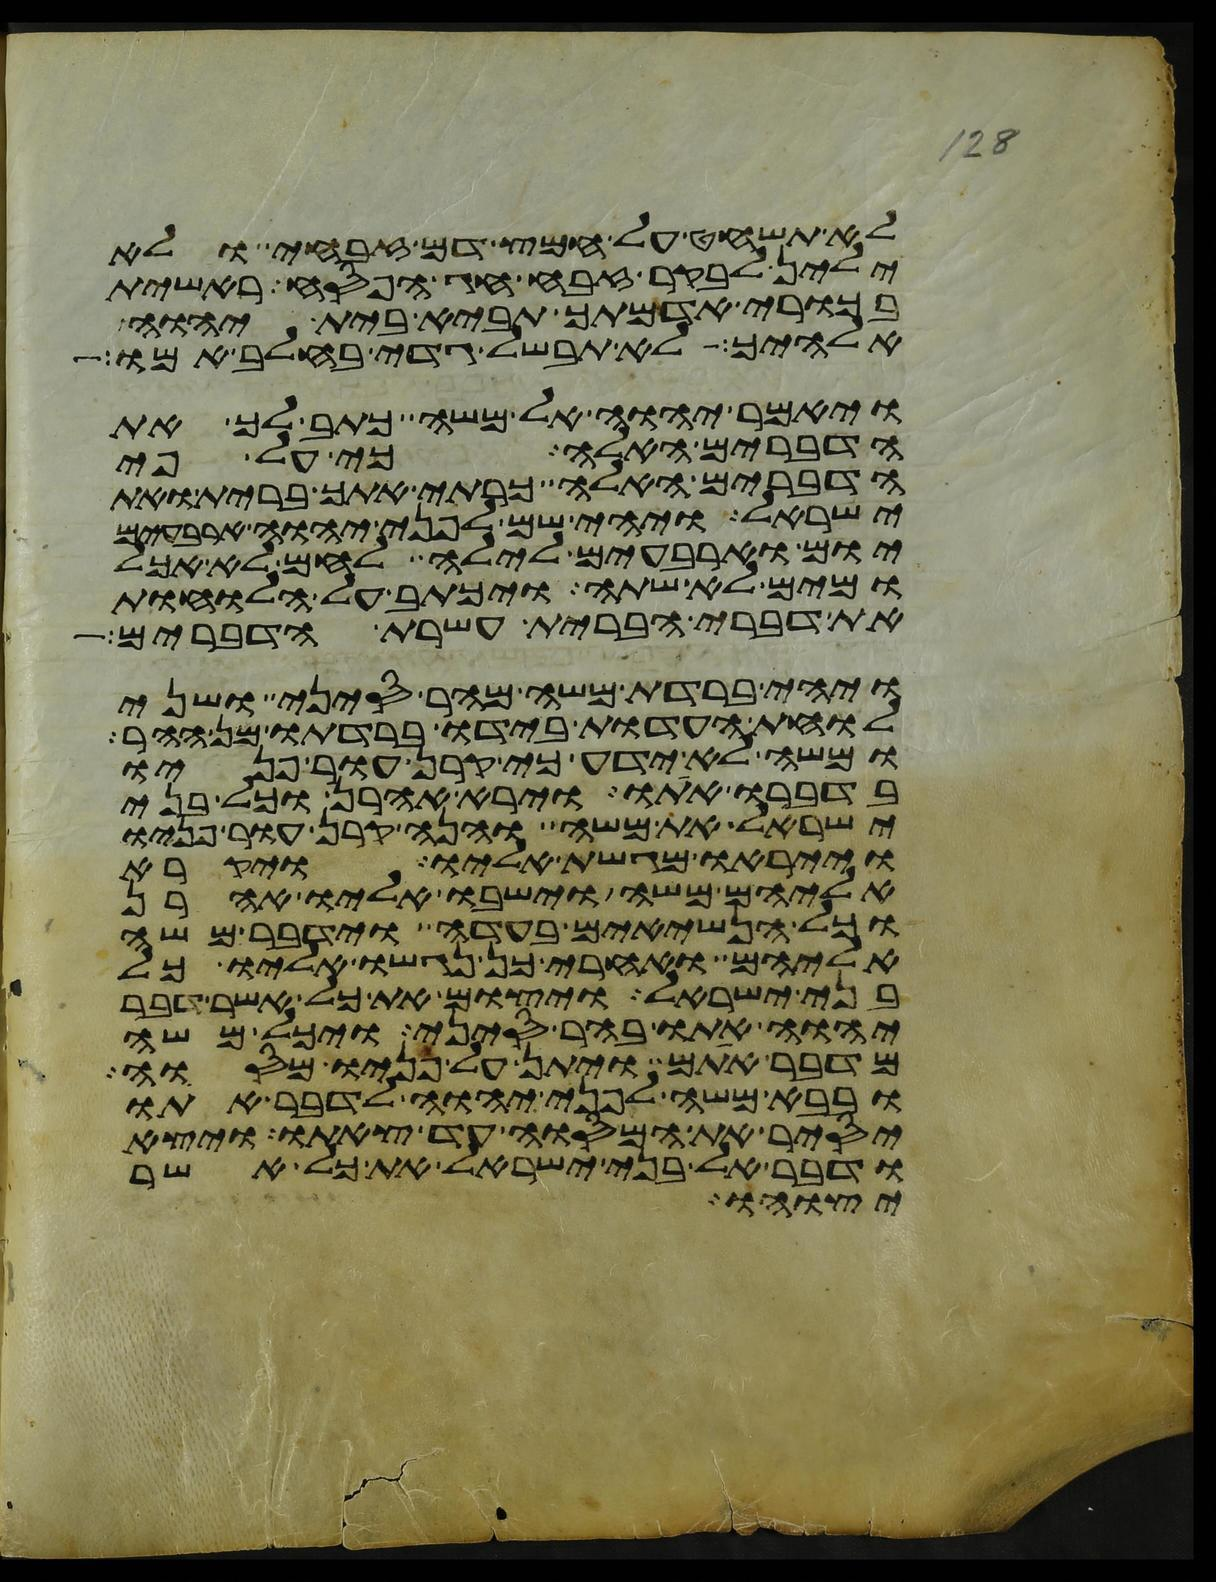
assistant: לא תשחט על חמץ דם זבחי ולא
ילין לבקר זבח חג הפסח ראשית
בכורי אדמתך תביא בית יהוה
אלהיך לא תבשל גדי בחלב אמו
ויאמר יהוה אל משה כתב לך את
הדברים האלה כי על פי
הדברים האלה כרתי אתך ברית ואת
ישראל ויהי שם לפני יהוה ארבעים
יום וארבעים לילה לחם לא אכל
ומים לא שתה ויכתב על הלוחות
את דברי הברית עשרת הדברים
ויהי ברדת משה מהר סיני ושני
לוחת העדות בידו ברדתו מן ההר
ומשה לא ידע כי קרן עור פניו
בדברו אתו וירא אהרן וכל בני
ישראל את משה והנה קרן עור פניו
וייראו מגשת אליו ויקרא
אליהם משה וישבו אליו אהרן
וכל הנשיאים בעדה וידבר משה
אליהם ואחרי כן נגשו אליו כל
בני ישראל ויצום את כל אשר דבר
יהוה אתו בהר סיני ויכל משה
מדבר אתם ויתן על פניו מסוה
ובבא משה לפני יהוה לדבר אתו
יסיר את המסוה עד צאתו ויצא
ודבר אל בני ישראל את כל אשר
יצוהו